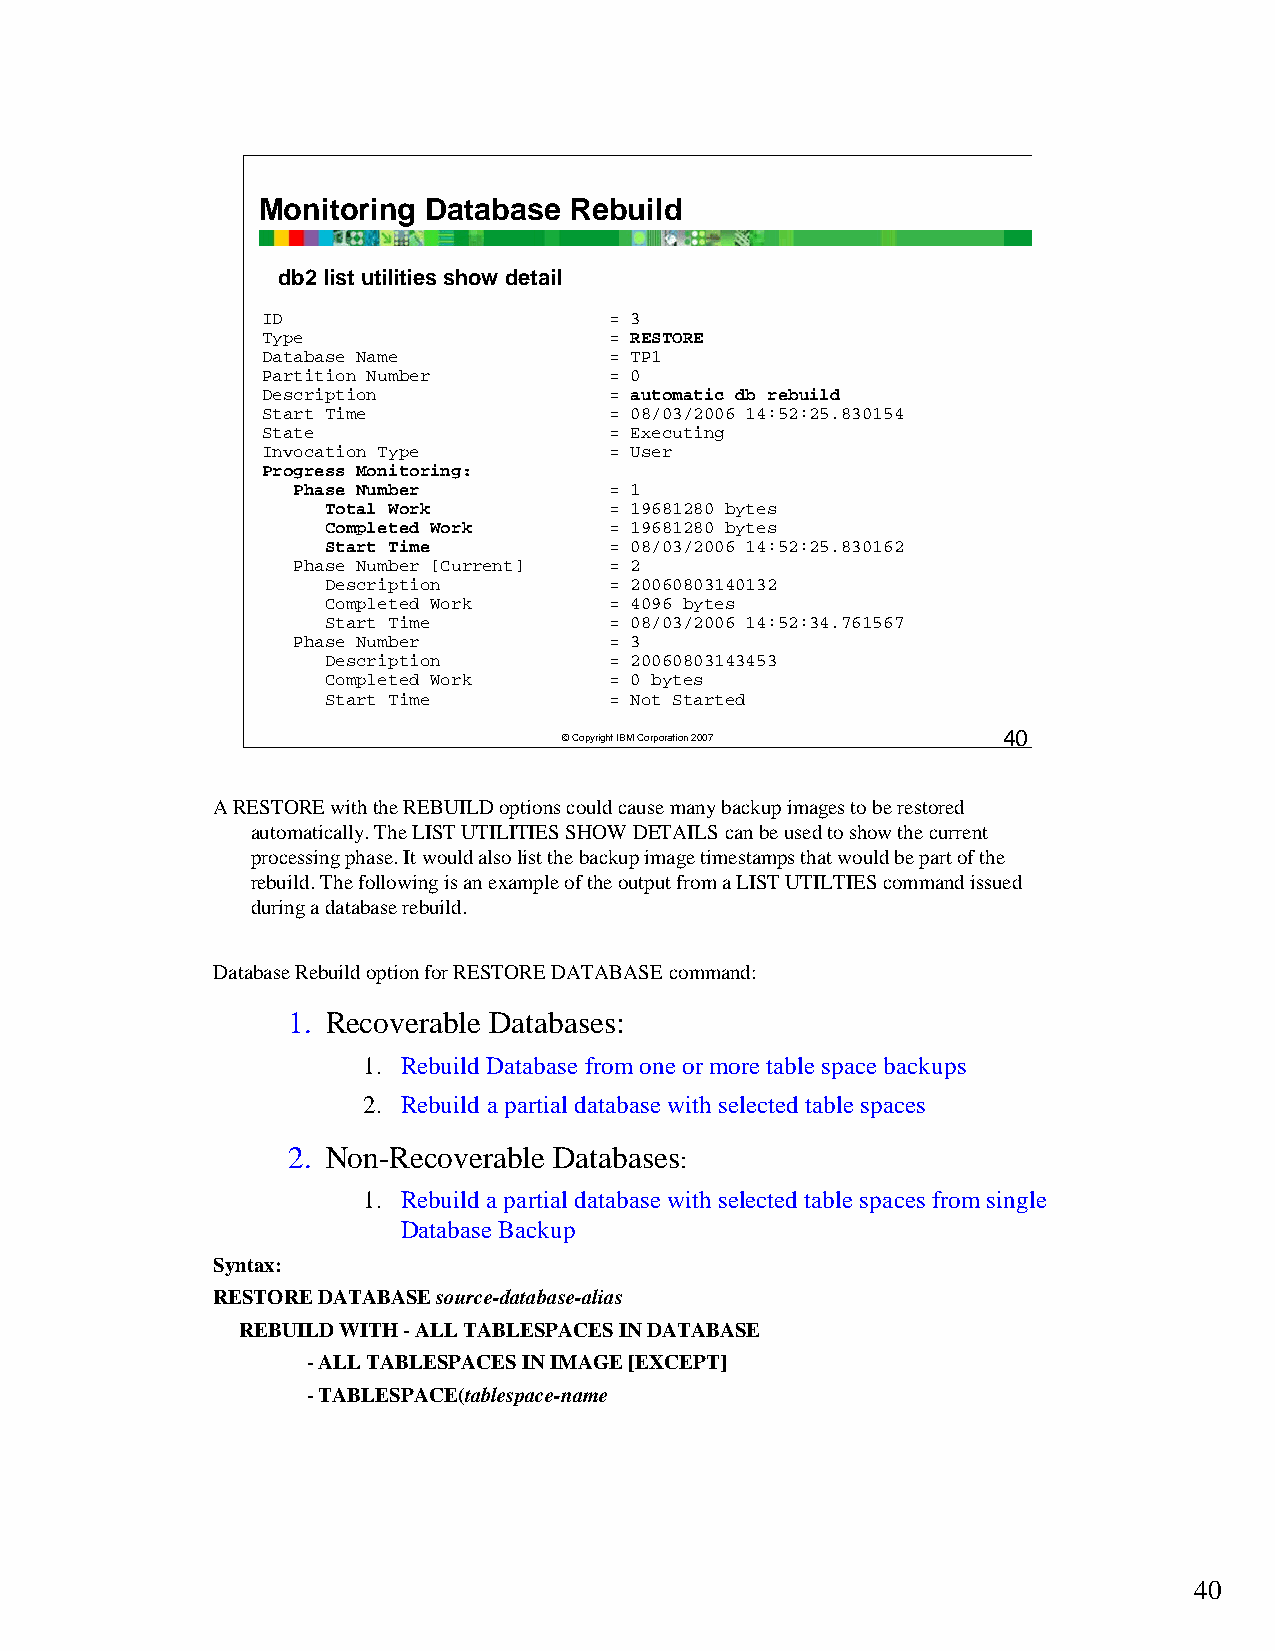
Monitoring Database  Rebuild
 db2 list utilities show detail
 ID                     = 3
 Type                   = RESTORE
 Database Name          = TP1
 Partition Number       = 0
 Description            = automatic db rebuild
 Start Time             = 08/03/2006 14:52:25.830154
 State                  = Executing
 Invocation Type        = User
 Progress Monitoring:
 Phase Number         = 1
 Total Work        = 19681280 bytes
 Completed Work    = 19681280 bytes
 Start Time        = 08/03/2006 14:52:25.830162
 Phase Number [Current] = 2
 Description       = 20060803140132
 Completed Work    = 4096 bytes
 Start Time        = 08/03/2006 14:52:34.761567
 Phase Number         = 3
 Description       = 20060803143453
 Completed Work    = 0 bytes
 Start Time        = Not Started
 ©Copyright IBM Corporation 2007 40
 A RESTORE with the REBUILD options could cause many backup images to be restored
 automatically. The LIST UTILITIES SHOW DETAILS can be used to show the current
 processing phase. It would also list the backup image timestampsthat would be part of the
 rebuild. The following is an example of the output from a LIST UTILTIES command issued
 during a database rebuild.
 Database Rebuild option for RESTORE DATABASE command:
 1. Recoverable Databases:
 1. Rebuild Database from one or more table space backups
 2. Rebuild a partial database with selected table spaces
 2. Non-Recoverable Databases:
 1. Rebuild a partial database with selected table spaces from single
 Database Backup
 Syntax:
 RESTORE DATABASE source-database-alias
 REBUILD WITH -ALL TABLESPACES IN DATABASE
 -ALL TABLESPACES IN IMAGE [EXCEPT]
 -TABLESPACE(tablespace-name
 40